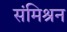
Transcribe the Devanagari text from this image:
संमिश्रन